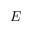
E